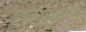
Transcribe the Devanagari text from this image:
आत्मबृत्तान्त